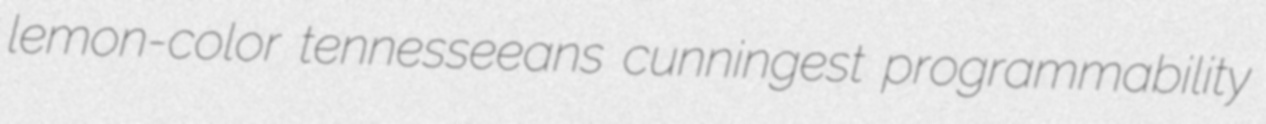
lemon-color tennesseeans cunningest programmability